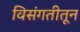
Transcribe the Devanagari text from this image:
विसंगतीतून